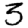
Digit: 3